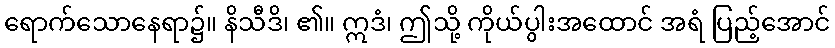
ရောက်သောနေရာ၌။ နိသီဒိ၊ ၏။ ဣဒံ၊ ဤသို့ ကိုယ်ပွါးအထောင် အရံ ပြည့်အောင်